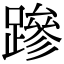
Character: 𮜒